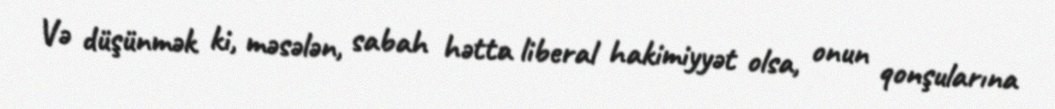
Və düşünmək ki, məsələn, sabah hətta liberal hakimiyyət olsa, onun qonşularına